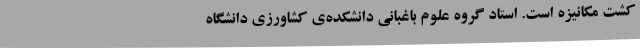
کشت مکانیزه است. استاد گروه علوم باغبانی دانشکده‌ی کشاورزی دانشگاه